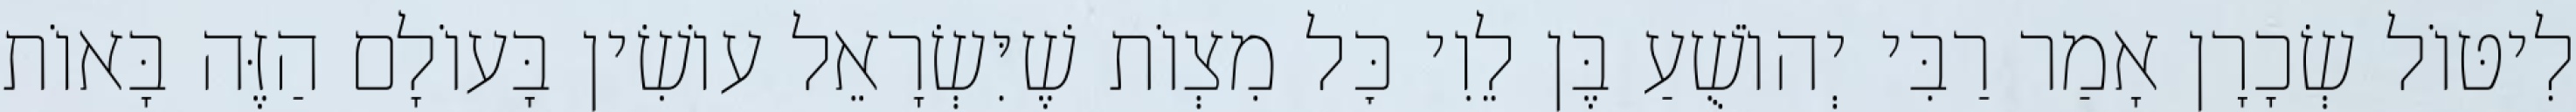
לִיטּוֹל שְׂכָרָן אָמַר רַבִּי יְהוֹשֻׁעַ בֶּן לֵוִי כׇּל מִצְוֹת שֶׁיִּשְׂרָאֵל עוֹשִׂין בָּעוֹלָם הַזֶּה בָּאוֹת